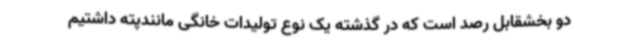
دو بخشقابل رصد است که در گذشته یک نوع تولیدات خانگی مانندپته داشتیم